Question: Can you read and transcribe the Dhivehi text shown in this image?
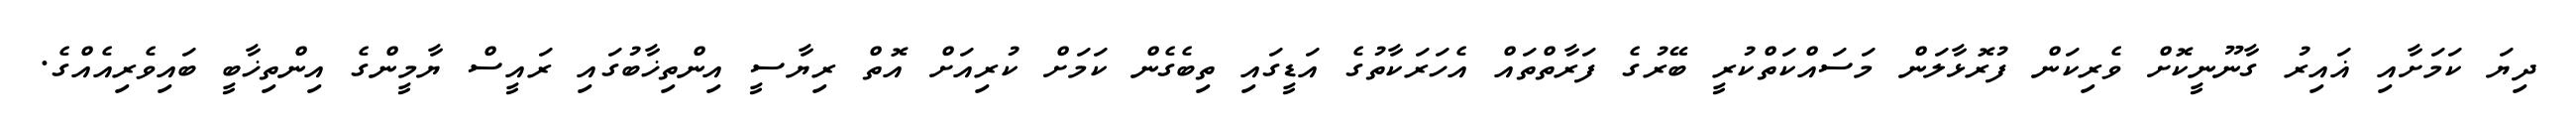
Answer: ދިޔަ ކަމަށާއި ޣައިރު ގާނޫނީކޮށް ވެރިކަން ފުރޮޅާލަން މަސައްކަތްކުރީ ބޭރުގެ ފަރާތްތައް އެހަރަކާތުގެ އަޑީގައި ތިބެގެން ކަމަށް ކުރިއަށް އޮތް ރިޔާސީ އިންތިޚާބުގައި ރައީސް ޔާމީންގެ އިންތިޚާބީ ބައިވެރިއެއްގެ.